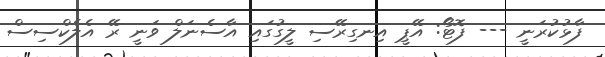
ފާޅުކުރަނީ --- ފޮޓޯ: އޭޕީ އިނގިރޭސި ލީގުގައި އާސެނަލް ވަނީ ރޭ އެލެކްސިސް